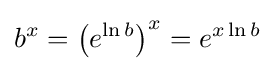
b^{x}=\left(e^{\ln b}\right)^{x}=e^{x\ln b}